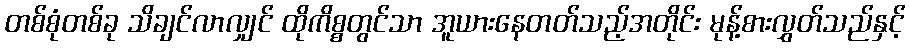
တစ်စုံတစ်ခု သိချင်လာလျှင် ထိုကိစ္စတွင်သာ အူယားနေတတ်သည့်အတိုင်း မုန့်စားလွှတ်သည်နှင့်